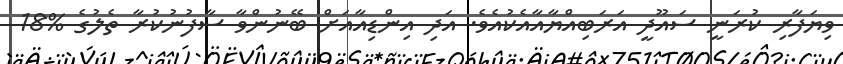
ވިޔަފާރި ކުރަނީ ސައޫދީ އަރަބިއްޔާއާއެކުއެވެ. އަދި އިންޑިއާއަށް ބޭނުންވާ ސާފުނުކުރާ ތެލުގެ %18